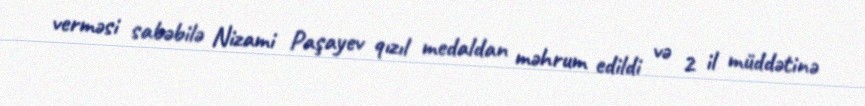
verməsi sabəbilə Nizami Paşayev qızıl medaldan məhrum edildi və 2 il müddətinə